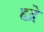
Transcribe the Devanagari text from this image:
हद्रे